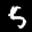
Label: 5